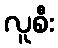
လူစီး